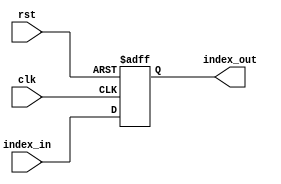
////////////////////////////////////////////////////////////////////////////////
// Company: 	UMBC
//
// Module Name: PC
// Description: PC register for holding the next instruction index
////////////////////////////////////////////////////////////////////////////////
module PC(clk, index_in, index_out, rst);

	parameter SIZE = 32;

	input clk;
	input rst;
	input [(SIZE-1):0] index_in;
	output reg [(SIZE-1):0] index_out;

	// Register for index of the next instruction
	always @(posedge clk or posedge rst) begin

		//reset program counter on rst
		if (rst) begin
		index_out <= 32'b0;
		end
		//otherwise output previous index + 4
		else begin
			index_out <= index_in;
		end
	end

endmodule